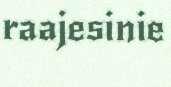
raajesinie